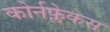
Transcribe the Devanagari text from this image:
कोर्नफ्लेकस